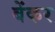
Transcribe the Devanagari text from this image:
बेंकर